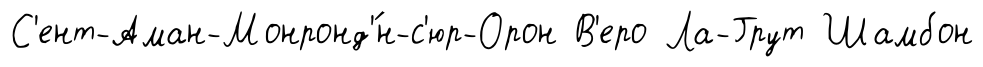
С'ент-Аман-Монронд'́н-с'юр-Орон В'еро Ла-Грут Шамбон